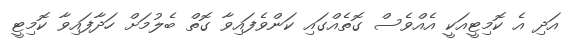
އަދި އެ ކޮމިޓީއަކީ އެއްވެސް ގޮތެއްގައި ކަންވެފައިވާ ގޮތް ބެލުމަށް ހަދާފައިވާ ކޮމިޓީ